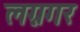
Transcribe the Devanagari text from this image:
लग्नगर